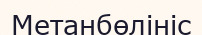
Метанбөлініс